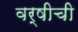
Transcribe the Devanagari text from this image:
वर्षीची